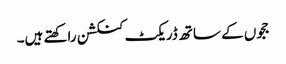
ججوں کے ساتھ ڈریکٹ کنکشن راکھتے ہیں۔